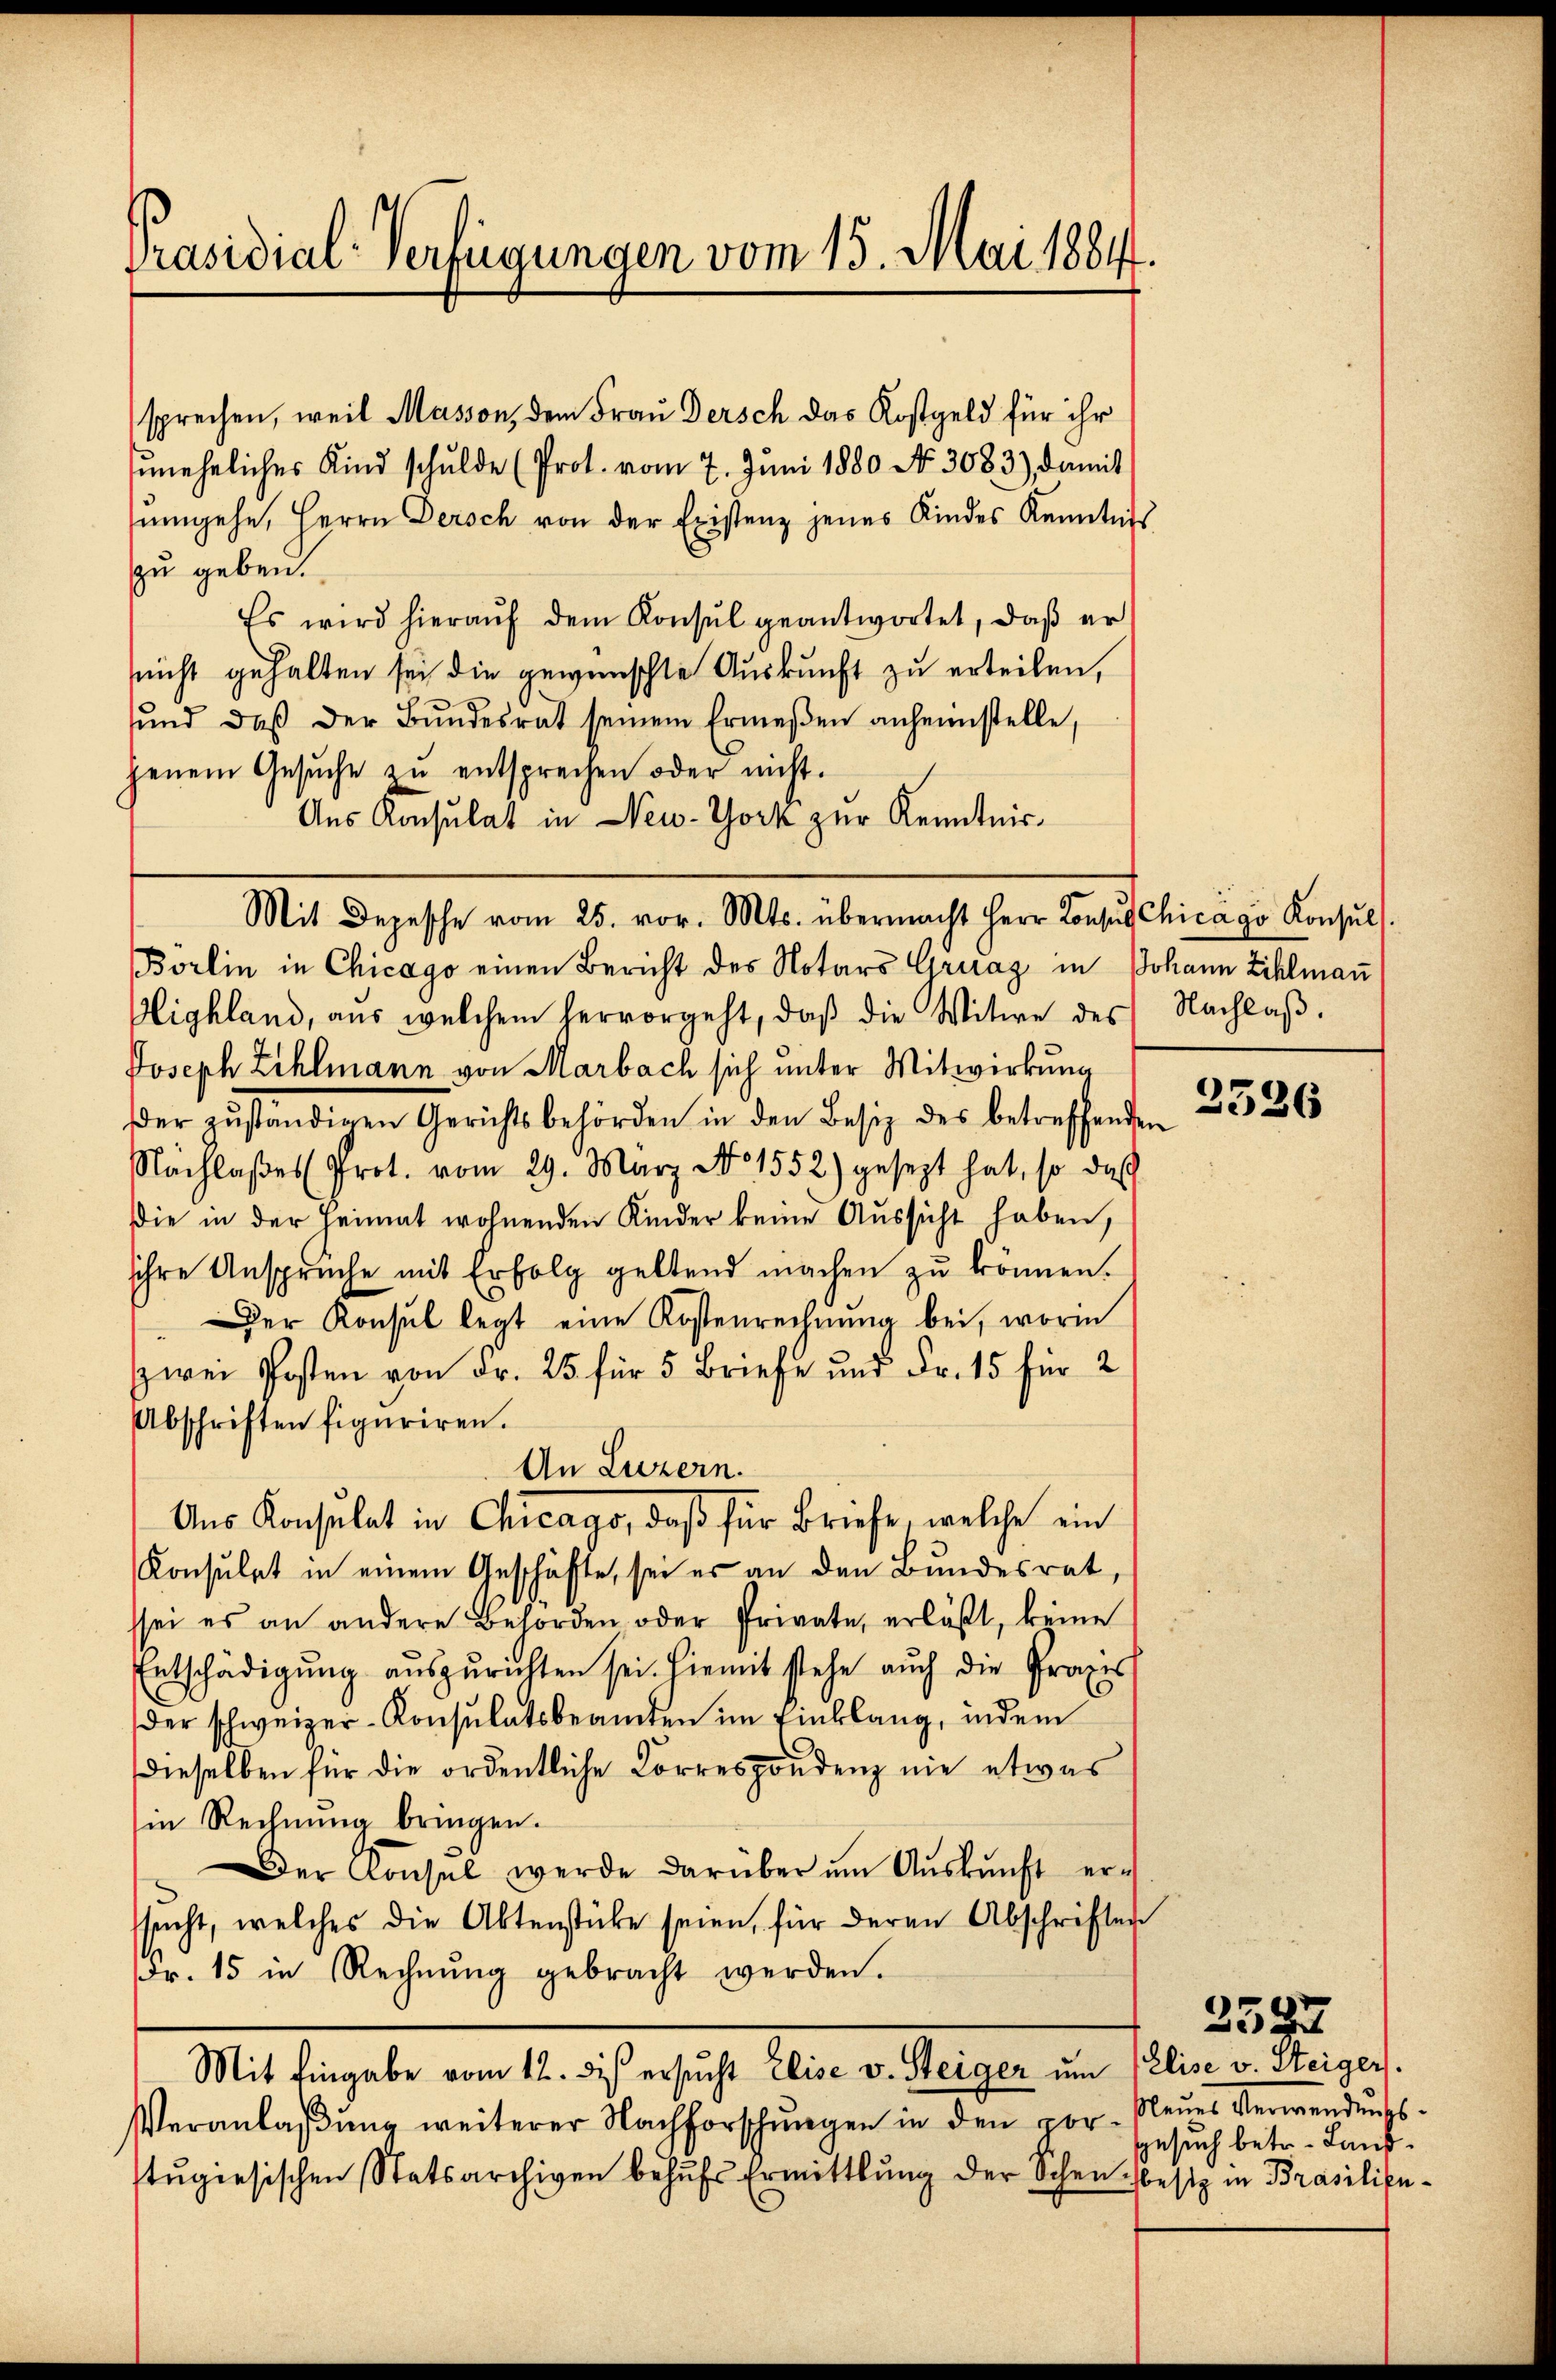
Präsidial-Verfügungen vom 15. Mai 1884.

sprechen, weil Masson, dem Frau Dersch das Kostgeld für ihr
zuneheliches Kind schulde (Prot. vom 7. Juni 1880 No. 3083), damit
ŭmgehe, Herrn Persch von der Existenz jenes Kindes Kenntnis
zu geben.
Es wird hieraŭf dem Konsŭl geantwortet, daβ er
snicht gehalten sei die gewünschte Auskunft zu erteilen,
ŭnd daß der Bŭndesrat seinem Ermeßen anheimstelle,
jenem Gesŭche zŭ entsprechen oder nicht.
Aus Konsulat in New-York zur Kenntnis¬
Börlin in Chicago einen Bericht des Notars Gruag in Johann Zihlman
Olighland, aus welchem hervorgeht, daβ die Witwe des Nachlaβ.
Joseph Zihlmann von Marbach sich unter Mitwirkung
Der zuständigen Gerichtsbehörden in den Besiz des betreffenden
Nachlaβes (Prot. vom 29. März No 1552) gesezt hat, so das
Die in der Heimat wohnenden Kinder keine Aussicht haben,
sihre Anspruche mit Erfolg geltend machen zu können.
Der Konsul legt eine Kostenrechnung bei, worin
zwei Posten von Fr. 25 für 5 Briefe und Fr. 15 für 2
Abschriften figuriren.
An Luzern.
Aus Konsulat in Chicago, daß für Briefe, welche ein
Konsulat in einem Geschäfte, sei es an den Bundesrat
ssei es an andere Behörden oder Private, erläßt, keine
Entschädigung auszurichten sei. Hiemit stehe auch die Grazes
der schweizer-Konsulatsbeamten im Einklang, indem
dieselben für die ordentliche Korrespondenz nie etwas
in Rechnung bringen.
Der Konsel werde darüber ŭm Aŭskŭnft erssucht, welches die Aktenstücke seien, für deren Abschriften
dr. 15 in Rechnŭng gebracht werden.
Mit Eingabe vom 12. di ersucht Elise v. Steiger um (Elise v. Steiger.
Veranlaßung weiterer Nachforschungen in den vortugisischen Statsarchiven behŭfs Ermittlung der Schen besiz in Prasilifu¬

Mit Depesche vom 25. vor. Mts. übermacht Herr Konsul Chicago Konsuls.

2526

2587
leues Verwendungssgesuch betr. Land